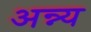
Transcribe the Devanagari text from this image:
अन्न्य